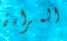
المراءة